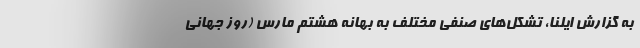
به گزارش ایلنا، تشکل‌های صنفی مختلف به بهانه هشتم مارس (روز جهانی